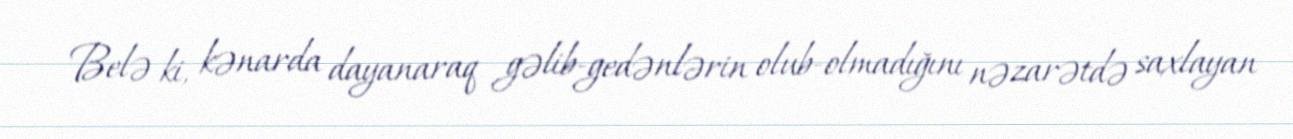
Belə ki, kənarda dayanaraq gəlib-gedənlərin olub-olmadığını nəzarətdə saxlayan